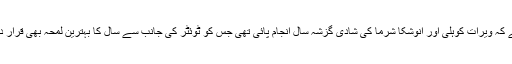
خیال رہے کہ ویرات کوہلی اور انوشکا شرما کی شادی گزشہ سال انجام پائی تھی جس کو ٹوئٹر کی جانب سے سال کا بہترین لمحہ بھی قرار دیا گیا تھا۔